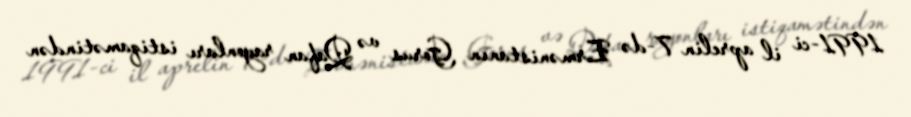
1991-ci il aprelin 7-də Ermənistanın Gorus və Qafan rayonları istiqamətindən